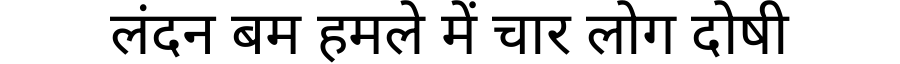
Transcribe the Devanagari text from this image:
लंदन बम हमले में चार लोग दोषी